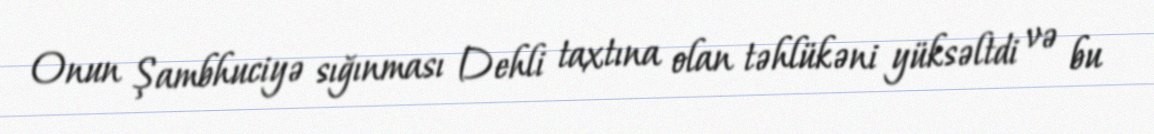
Onun Şambhuciyə sığınması Dehli taxtına olan təhlükəni yüksəltdi və bu